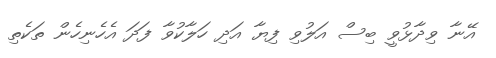
އޭނާ ވިދާޅުވީ ބިސް އަލުވި ފިޔާ އަދި ހަލާކުވާ ފަދަ އެހެނިހެން ތަކެތި